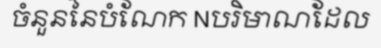
ចំនួននៃបំណែក Nបរិមាណដែល